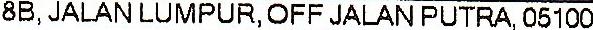
8B, JALAN LUMPUR, OFF JALAN PUTRA, 05100